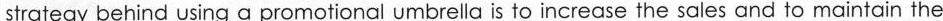
strategy behind using a promotional umbrella is to increase the sales and to maintain the